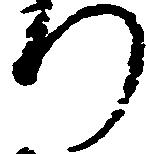
り